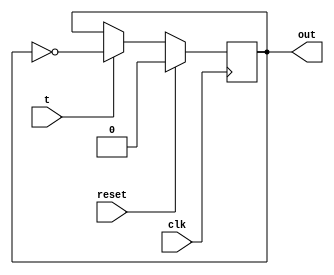
module tfr(input wire clk, reset, t, output wire out);
reg memory_bit;
wire t_in, m_in;
assign t_in =  t? ~memory_bit:memory_bit;
assign m_in = reset?0:t_in;
always @(posedge clk)
    begin
        memory_bit <= m_in;
    end
    assign out = memory_bit;
endmodule

module updown(input wire clk, reset, u,input wire [2:0] q, output wire [2:0] out);
wire [2:0] t;
assign t[0] = 1;
assign t[1] = u^q[0];
assign t[2] = !u & q[1] & q[0] | u & !q[1] & !q[0];
tfr tfr_0(clk, reset, t[0], out[0]);
tfr tfr_1(clk, reset, t[1], out[1]);
tfr tfr_2(clk, reset, t[2], out[2]);
endmodule 

/*
module tfr(input wire clk,reset,t,output wire cout);
reg me_bit;
wire t_in,m_in;
assign t_in=t?~me_bit:me_bit;
assign m_in=reset?0:t_in;
always @(posedge) begin
    me_bit<=m_in;
end
assign out=me_bit;
endmodule   
*/